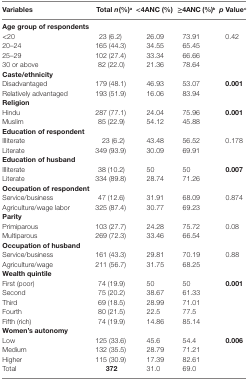
<table><thead><tr><td><b>Variables</b></td><td><b>Total <i>n</i>(%)<sup>a</sup></b></td><td><b>&lt;4ANC (%)</b></td><td><b>≥4ANC (%)<sup>b</sup></b></td><td><b><i>p</i> Value<sup>c</sup></b></td></tr></thead><tbody><tr><td colspan="5"><b>Age group of respondents</b></td></tr><tr><td>&lt;20</td><td>23 (6.2)</td><td>26.09</td><td>73.91</td><td>0.42</td></tr><tr><td>20–24</td><td>165 (44.3)</td><td>34.55</td><td>65.45</td><td></td></tr><tr><td>25–29</td><td>102 (27.4)</td><td>33.34</td><td>66.66</td><td></td></tr><tr><td>30 or above</td><td>82 (22.0)</td><td>21.36</td><td>78.64</td><td></td></tr><tr><td colspan="5"><b>Caste/ethnicity</b></td></tr><tr><td>Disadvantaged</td><td>179 (48.1)</td><td>46.93</td><td>53.07</td><td><b>0.001</b></td></tr><tr><td>Relatively advantaged</td><td>193 (51.9)</td><td>16.06</td><td>83.94</td><td></td></tr><tr><td colspan="5"><b>Religion</b></td></tr><tr><td>Hindu</td><td>287 (77.1)</td><td>24.04</td><td>75.96</td><td><b>0.001</b></td></tr><tr><td>Muslim</td><td>85 (22.9)</td><td>54.12</td><td>45.88</td><td></td></tr><tr><td colspan="5"><b>Education of respondent</b></td></tr><tr><td>Illiterate</td><td>23 (6.2)</td><td>43.48</td><td>56.52</td><td>0.178</td></tr><tr><td>Literate</td><td>349 (93.9)</td><td>30.09</td><td>69.91</td><td></td></tr><tr><td colspan="5"><b>Education of husband</b></td></tr><tr><td>Illiterate</td><td>38 (10.2)</td><td>50</td><td>50</td><td><b>0.007</b></td></tr><tr><td>Literate</td><td>334 (89.8)</td><td>28.74</td><td>71.26</td><td></td></tr><tr><td colspan="5"><b>Occupation of respondent</b></td></tr><tr><td>Service/business</td><td>47 (12.6)</td><td>31.91</td><td>68.09</td><td>0.874</td></tr><tr><td>Agriculture/wage labor</td><td>325 (87.4)</td><td>30.77</td><td>69.23</td><td></td></tr><tr><td colspan="5"><b>Parity</b></td></tr><tr><td>Primiparous</td><td>103 (27.7)</td><td>24.28</td><td>75.72</td><td>0.08</td></tr><tr><td>Multiparous</td><td>269 (72.3)</td><td>33.46</td><td>66.54</td><td></td></tr><tr><td colspan="5"><b>Occupation of husband</b></td></tr><tr><td>Service/business</td><td>161 (43.3)</td><td>29.81</td><td>70.19</td><td>0.88</td></tr><tr><td>Agriculture/wage</td><td>211 (56.7)</td><td>31.75</td><td>68.25</td><td></td></tr><tr><td colspan="5"><b>Wealth quintile</b></td></tr><tr><td>First (poor)</td><td>74 (19.9)</td><td>50</td><td>50</td><td><b>0.001</b></td></tr><tr><td>Second</td><td>75 (20.2)</td><td>38.67</td><td>61.33</td><td></td></tr><tr><td>Third</td><td>69 (18.5)</td><td>28.99</td><td>71.01</td><td></td></tr><tr><td>Fourth</td><td>80 (21.5)</td><td>22.5</td><td>77.5</td><td></td></tr><tr><td>Fifth (rich)</td><td>74 (19.9)</td><td>14.86</td><td>85.14</td><td></td></tr><tr><td colspan="5"><b>Women’s autonomy</b></td></tr><tr><td>Low</td><td>125 (33.6)</td><td>45.6</td><td>54.4</td><td><b>0.006</b></td></tr><tr><td>Medium</td><td>132 (35.5)</td><td>28.79</td><td>71.21</td><td></td></tr><tr><td>Higher</td><td>115 (30.9)</td><td>17.39</td><td>82.61</td><td></td></tr><tr><td>Total</td><td><b>372</b></td><td>31.0</td><td>69.0</td><td></td></tr></tbody></table>